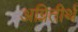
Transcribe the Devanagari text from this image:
अग्नितीर्थ